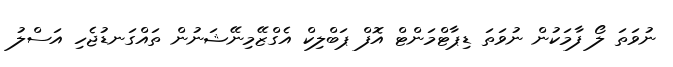
ނުވަތަ ލޯ ފާމަކުން ނުވަތަ ޑިޕާޓްމަންޓް އޮފް ޕަބްލިކް އެގްޒޭމިނޭޝަނުން ތައްގަނޑުޖެހި އަސްލު